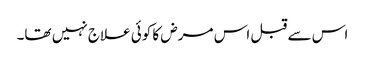
اس سے قبل اس مرض کا کوئی علاج نہیں تھا۔